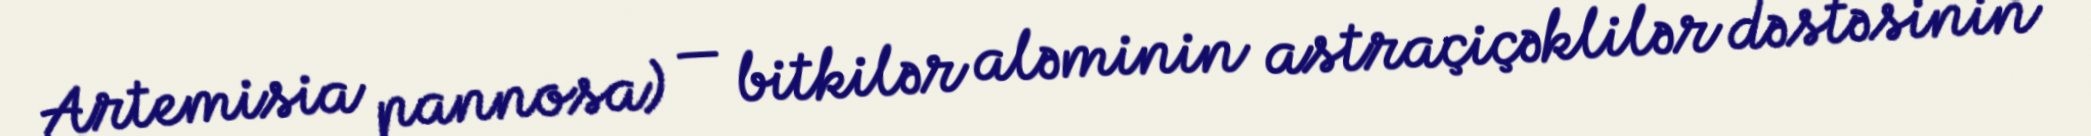
Artemisia pannosa) — bitkilər aləminin astraçiçəklilər dəstəsinin